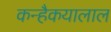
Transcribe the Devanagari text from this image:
कन्हैकयालाल